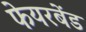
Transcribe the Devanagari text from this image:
फेयरबेंड